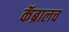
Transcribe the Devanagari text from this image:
कॅब्रालच